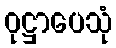
ဝုဋ္ဌာပေသုံ